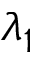
\lambda _ { 1 }